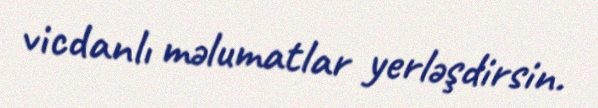
vicdanlı məlumatlar yerləşdirsin.